Annual report on the Civil Veterinary Department, Burma (including the Insein Veterinary School) - 1923-1931
Year: 1923
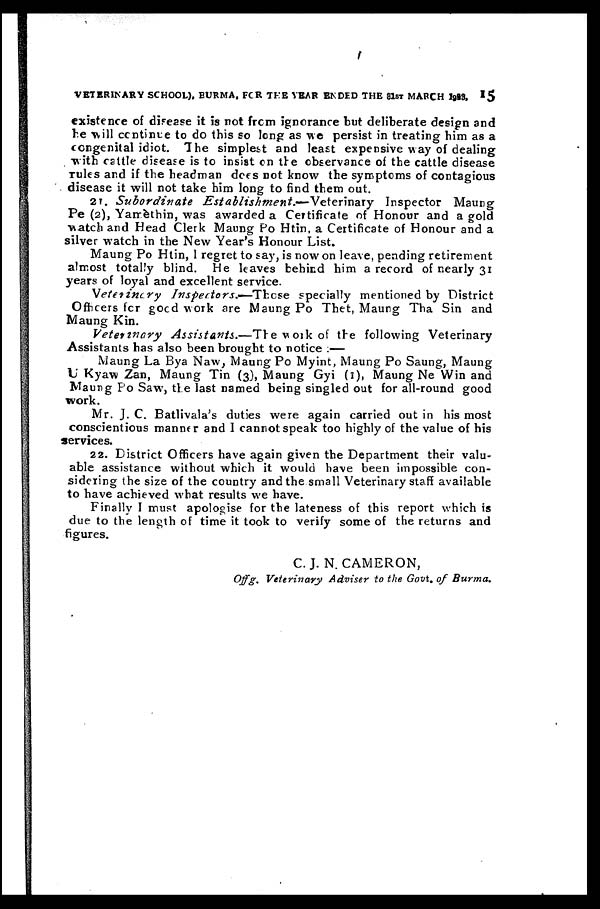
VETERINARY SCHOOL). BURMA, FOR THE YEAR ENDED THE 81ST MARCH 1993, 15
existence of disease it is not from ignorance but deliberate design and
be will continue to do this so long as we persist in treating him as a
congenital idiot. The simplest and least expensive way of dealing
with cattle disease is to insist on the observance of the cattle disease
rules and if the headman does not know the symptoms of contagious
disease it will not take him long to find them out.
2T. Subordinate
Establishment.—Veterinary
Inspector Maung
Pe (2), Yamèthin, was awarded a Certificate of Honour and a gold
watch and Head Clerk Maung Po Htin, a Certificate of Honour and a
silver watch in the New Year's Honour List.
Maung Po Htin, 1 regret to say, is now on leave, pending retirement
almost totally blind. He leaves behind him a record of nearly 31
years of loyal and excellent service.
Vetetinery
Inspectors.—Those
specially mentioned by District
Officers for good work are Maung Po Thet, Maung Tha Sin and
Maung Kin.
Veterinary
Assistants.—The
work of the following Veterinary
Assistants has also been brought to notice :—
Maung La Bya Naw, Maung Po Myint, Maung Po Saung, Maung
U Kyaw Zan, Maung Tin (3), Maung Gyi (1), Maung Ne Win and
Maung Po Saw, the last named being singled out for all-round good
work.
Mr. J. C. Batlivala's duties were again carried out in his most
conscientious manner and I cannot speak too highly of the value of his
services.
22. District Officers have again given the Department their valu-
able assistance without which it would have been impossible con-
sidering the size of the country and the small Veterinary staff available
to have achieved what results we have.
Finally I must apologise for the lateness of this report which is
due to the length of time it took to verify some of the returns and
figures.
C. J. N. CAMERON,
Offg. Veterinary Adviser to the Govt, of Burma.